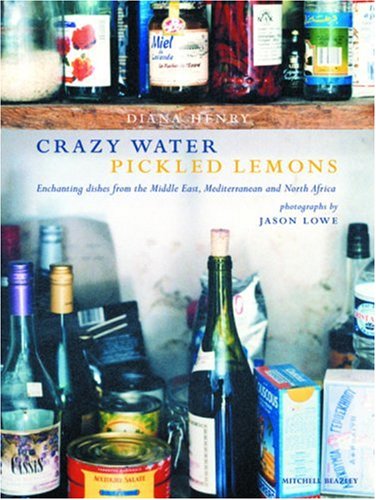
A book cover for Crazy Water Pickled Lemons: Enchanting Dishes from the Middle East, Mediterranean and North Africa; Diana Henry; Cookbooks, Food & Wine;